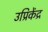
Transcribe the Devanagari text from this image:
उप्रिकेंद्र